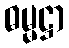
ဓမ္မဋ္ဌာ